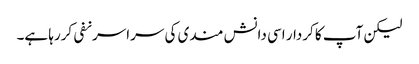
لیکن آپ کا کردار اسی دانش مندی کی سراسرنفی کررہا ہے۔